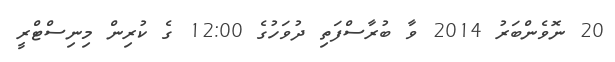
20 ނޮވެންބަރު 2014 ވާ ބުރާސްފަތި ދުވަހުގެ 12:00 ގެ ކުރިން މިނިސްޓްރީ